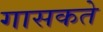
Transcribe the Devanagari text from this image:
गासकते